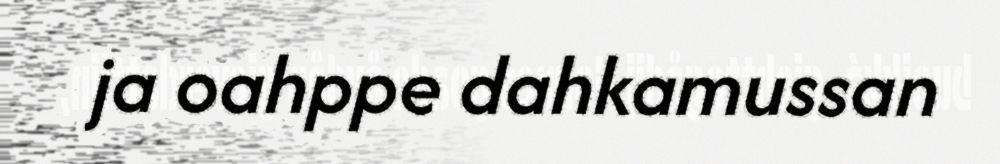
ja oahppe dahkamussan